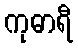
ကုဓာရီ